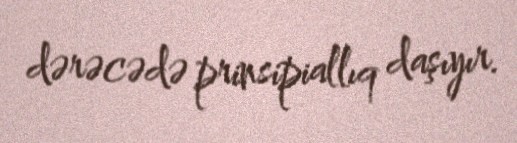
dərəcədə prinsipiallıq daşıyır.